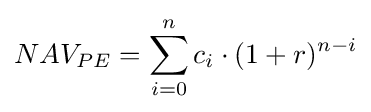
NAV_{PE}=\sum _{i=0}^{n}{c_{i}\cdot (1+r)^{n-i}}